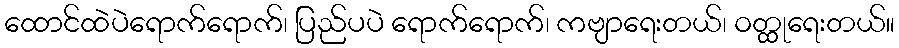
ထောင်ထဲပဲရောက်ရောက်၊ ပြည်ပပဲ ရောက်ရောက်၊ ကဗျာရေးတယ်၊ ဝတ္ထုရေးတယ်။